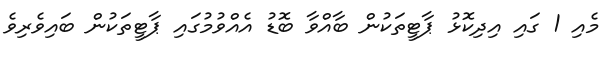
މެއި 1 ގައި އިދިކޮޅު ޕާޓީތަކުން ބާއްވާ ބޮޑު އެއްވުމުގައި ޕާޓީތަކުން ބައިވެރިވެ